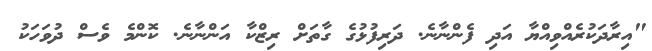
"އިރާދަކުރެއްވިއްޔާ އަދި ފެންނާނެ. ދަރިފުޅުގެ ގާތަށް ރިޒްކާ އަންނާނެ. ކޮންމެ ވެސް ދުވަހަކު